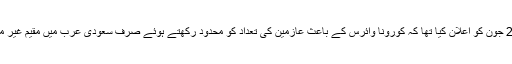
واضح رہے کہ سعودی حکومت نے 24 جون کو اعلان کیا تھا کہ کورونا وائرس کے باعث عازمین کی تعداد کو محدود رکھتے ہوئے صرف سعودی عرب میں مقیم غیر ملکیوں کو حج کی اجازت دی جائے گی۔